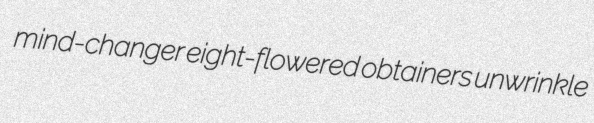
mind-changer eight-flowered obtainers unwrinkle